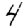
Digit: 4